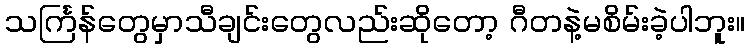
သင်္ကြန်တွေမှာသီချင်းတွေလည်းဆိုတော့ ဂီတနဲ့မစိမ်းခဲ့ပါဘူး။